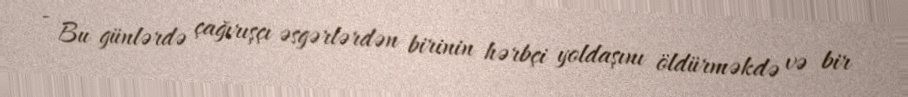
- Bu günlərdə çağırışçı əsgərlərdən birinin hərbçi yoldaşını öldürməkdə və bir